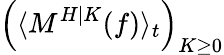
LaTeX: \left(\langle M^{H|K}(f)\rangle_{t}\right)_{K\geq 0}